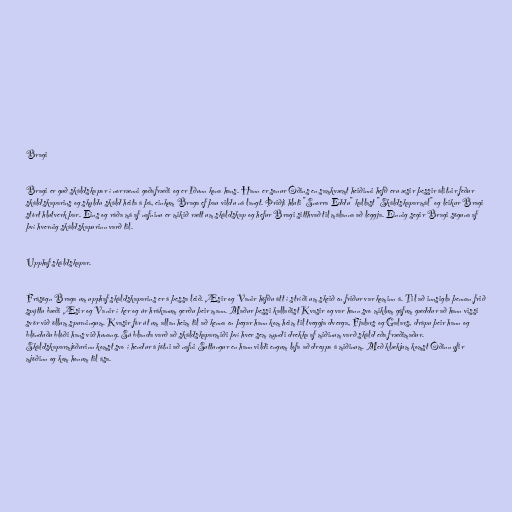
Bragi

Bragi er guð skáldskapar í norrænni goðafræði og er Iðunn kona hans. Hann er sonur Óðins en samkvæmt heiðinni hefð eru æsir þessir álitnir feður
skáldskaparins og skyldu skáld heita á þá, einkum Braga ef þau vildu ná langt. Þriðji hluti "Snorra Eddu" kallast "Skáldskaparmál" og leikur Bragi
stórt hlutverk þar. Eins og ráða má af nafninu er mikið rætt um skáldskap og hefur Bragi sitthvað til málanna að leggja. Einnig segir Bragi söguna af
því hvernig skáldskapurinn varð til.

Upphaf skáldskapar.

Frásögn Braga um upphaf skáldskaparins er á þessa leið. Æsir og Vanir höfðu átt í stríði um skeið en friður var kominn á. Til að innsigla þennan frið
spýttu bæði Æsir og Vanir í ker og úr hrákanum gerðu þeir mann. Maður þessi kallaðist Kvasir og var hann svo miklum gáfum gæddur að hann vissi
svör við öllum spurningum. Kvasir fór út um allan heim til að kenna en þegar hann kom heim til tveggja dverga, Fjalars og Galars, drápu þeir hann og
blönduðu blóði hans við hunang. Sú blanda varð að skáldskaparmiði því hver sem myndi drekka af miðinum varð skáld eða fræðimaður.
Skáldskaparmjöðurinn komst svo í hendur á jötni að nafni Suttungur en hann vildi engum lofa að dreypa á miðinum. Með klækjum komst Óðinn yfir
mjöðinn og kom honum til ása.